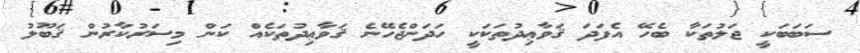
ސަބަބަކީ ޖަލުތަކާ ބެހޭ އެފަދަ ޤަވާޢިދުތަކަކީ ހަދަންޖެހޭނެ ޤަވާޢިދުތަކެއް ކަން މިސަރުކާރުން ޤަބޫލު